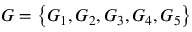
G = \left\{ G _ { 1 } , G _ { 2 } , G _ { 3 } , G _ { 4 } , G _ { 5 } \right\}